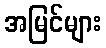
အမြင်များ